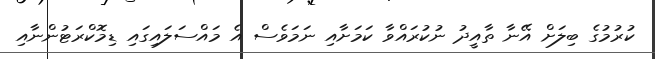
ކުރުމުގެ ބިލަށް އޭނާ ތާއީދު ނުކުރައްވާ ކަމަށާއި ނަމަވެސް އެ މައްސަލައިގައި ޑިމޮކްރަޓުންނާއި